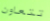
تتعاون